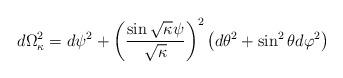
LaTeX: \begin{align*}d\Omega^2_{\kappa} =d\psi^2 +\left( \frac{\sin \sqrt{\kappa}\psi}{\sqrt{\kappa}}\right)^2 \left( d\theta^2 +\sin^2 \theta d\varphi^2 \right)\end{align*}